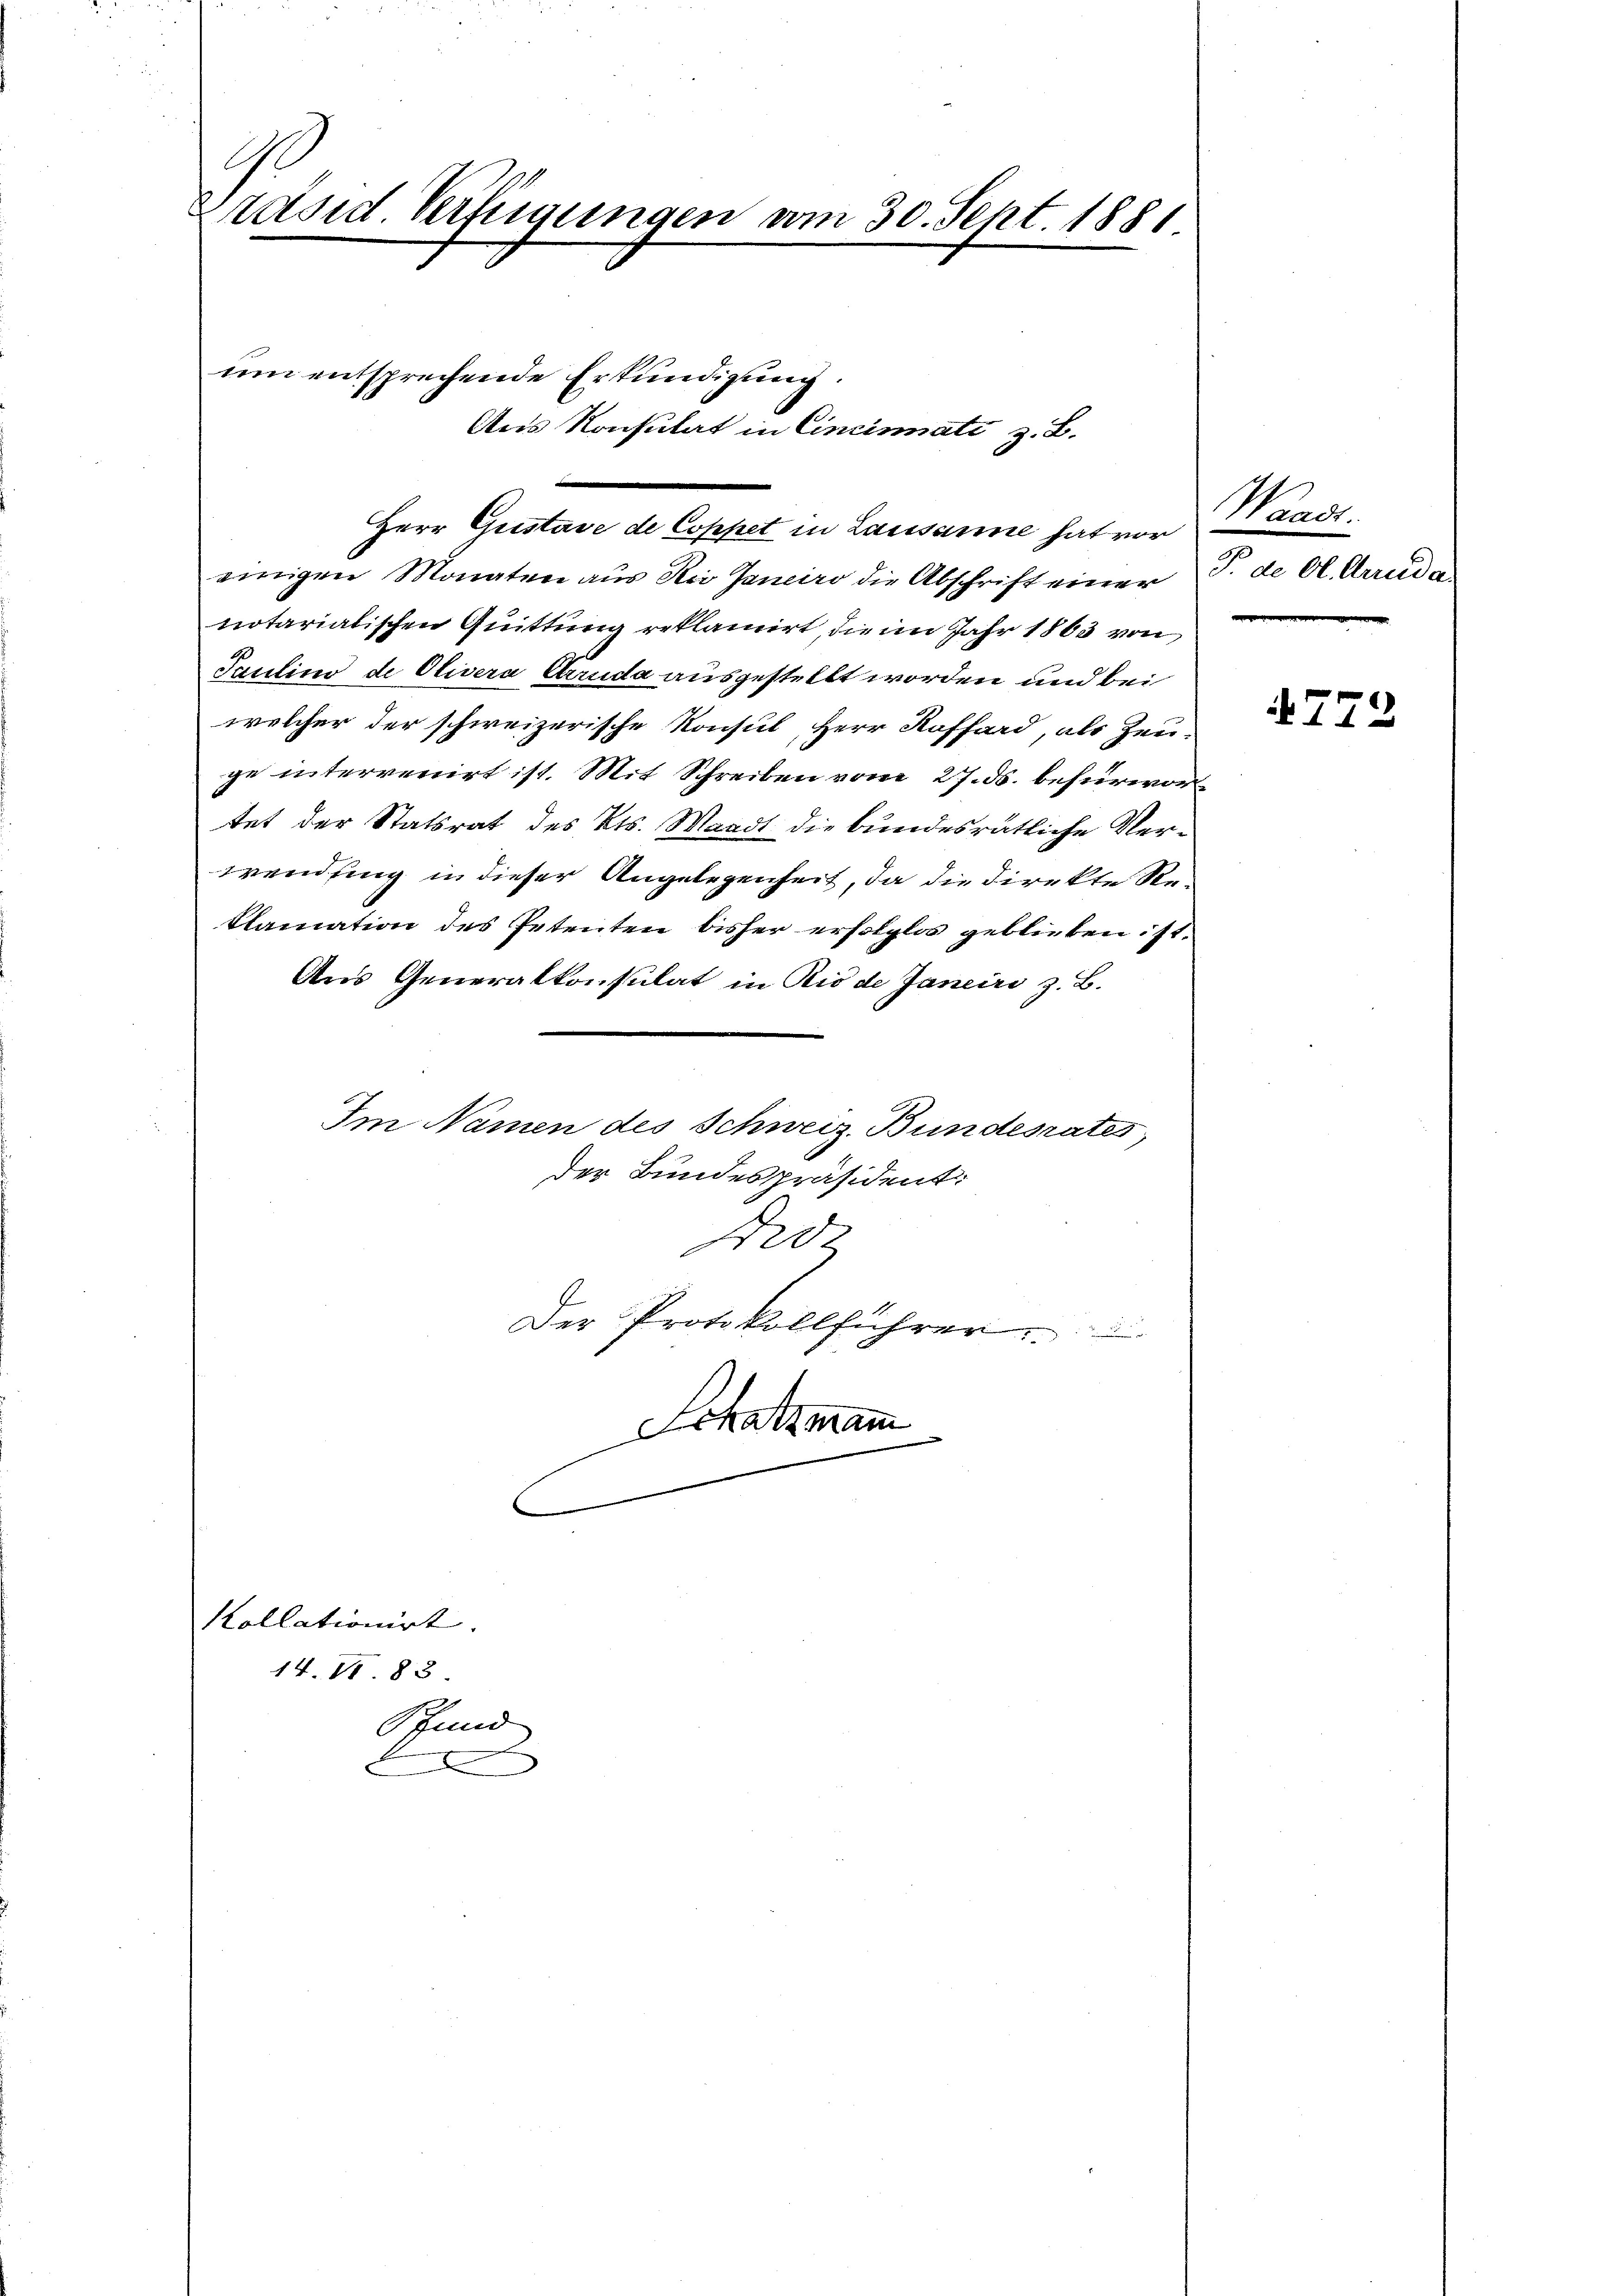
G
Präsid. Verfügungen vom 30. Sept. 1881

um entsprechende Erkundigung.

Aus Konsulat in Cincinati z. B.

Herr Gustave de Coppet in Lausanne hat vor
einigen Monaten aus Rei Janeiro die Abschrift einer
notarialischen Quittung reklamirt, die im Jahr 1863 von
Taulins de Olivera Arruda ausgestellt worden und bei
welcher der schweizerische Konsul, Herr Koffard, als Zeu-
ge interrenirt ist. Mit Schreiben vom 27. ds. befürwortet der Statsrat des Kts. Waadt die bundesrätliche Verwendung in dieser Angelegenheit, da die Direkte Re¬
Clamation des Petenten bisher erfolglos geblieben ist.
Aus Generalkonsulat in Rio de Janeiro z. B.
Im Namen des Schweiz. Bundesrates,
der Bundespräsident:
Frdz
Der Protokollführer
Schatzmann
e

Kollationirt. |
14.VI 83.
Pfund
e

Waadt.
T. de Cl. Arruda

779